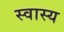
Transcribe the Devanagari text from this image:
स्वास्य